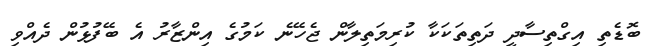
ބޮޑެތި އިގްތިސާދީ ދަތިތަކަކާ ކުރިމަތިލާން ޖެހޭނެ ކަމުގެ އިންޒާރު އެ ބޭފުޅުން ދެއްވި